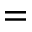
=